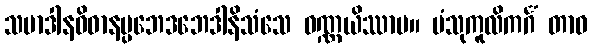
သမာဒါနဝိဓာနပ္ပဘေဒဘေဒါနိသံသေ ဝဏ္ဏယိဿာမ။ ပံသုကူလိကင်္ဂံ တာဝ